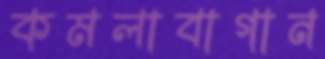
কমলাবাগান